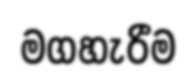
මගහැරීම